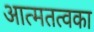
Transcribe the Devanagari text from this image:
आत्मतत्वका